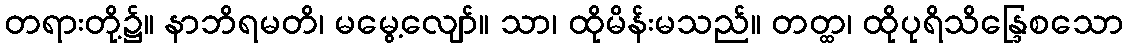
တရားတို့၌။ နာဘိရမတိ၊ မမွေ့လျော်။ သာ၊ ထိုမိန်းမသည်။ တတ္ထ၊ ထိုပုရိသိန္ဒြေစသော